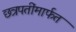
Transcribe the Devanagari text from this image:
छत्रपतींमार्फत